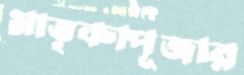
মাতৃকাপূজার